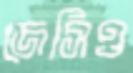
জেসিও